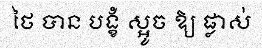
ថៃ បាន បង្ខំ ស្អូច ឱ្យ ផ្លាស់